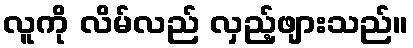
လူကို လိမ်လည် လှည့်ဖျားသည်။